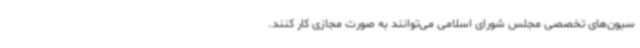
سیون‌های تخصصی مجلس شورای اسلامی می‌توانند به صورت مجازی کار کنند.